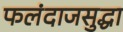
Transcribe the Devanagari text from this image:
फलंदाजसुद्धा